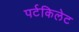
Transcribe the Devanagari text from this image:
पर्टकिलेट